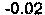
-0.02